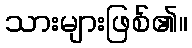
သားများဖြစ်၏။